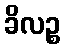
ခိလဉ္စ